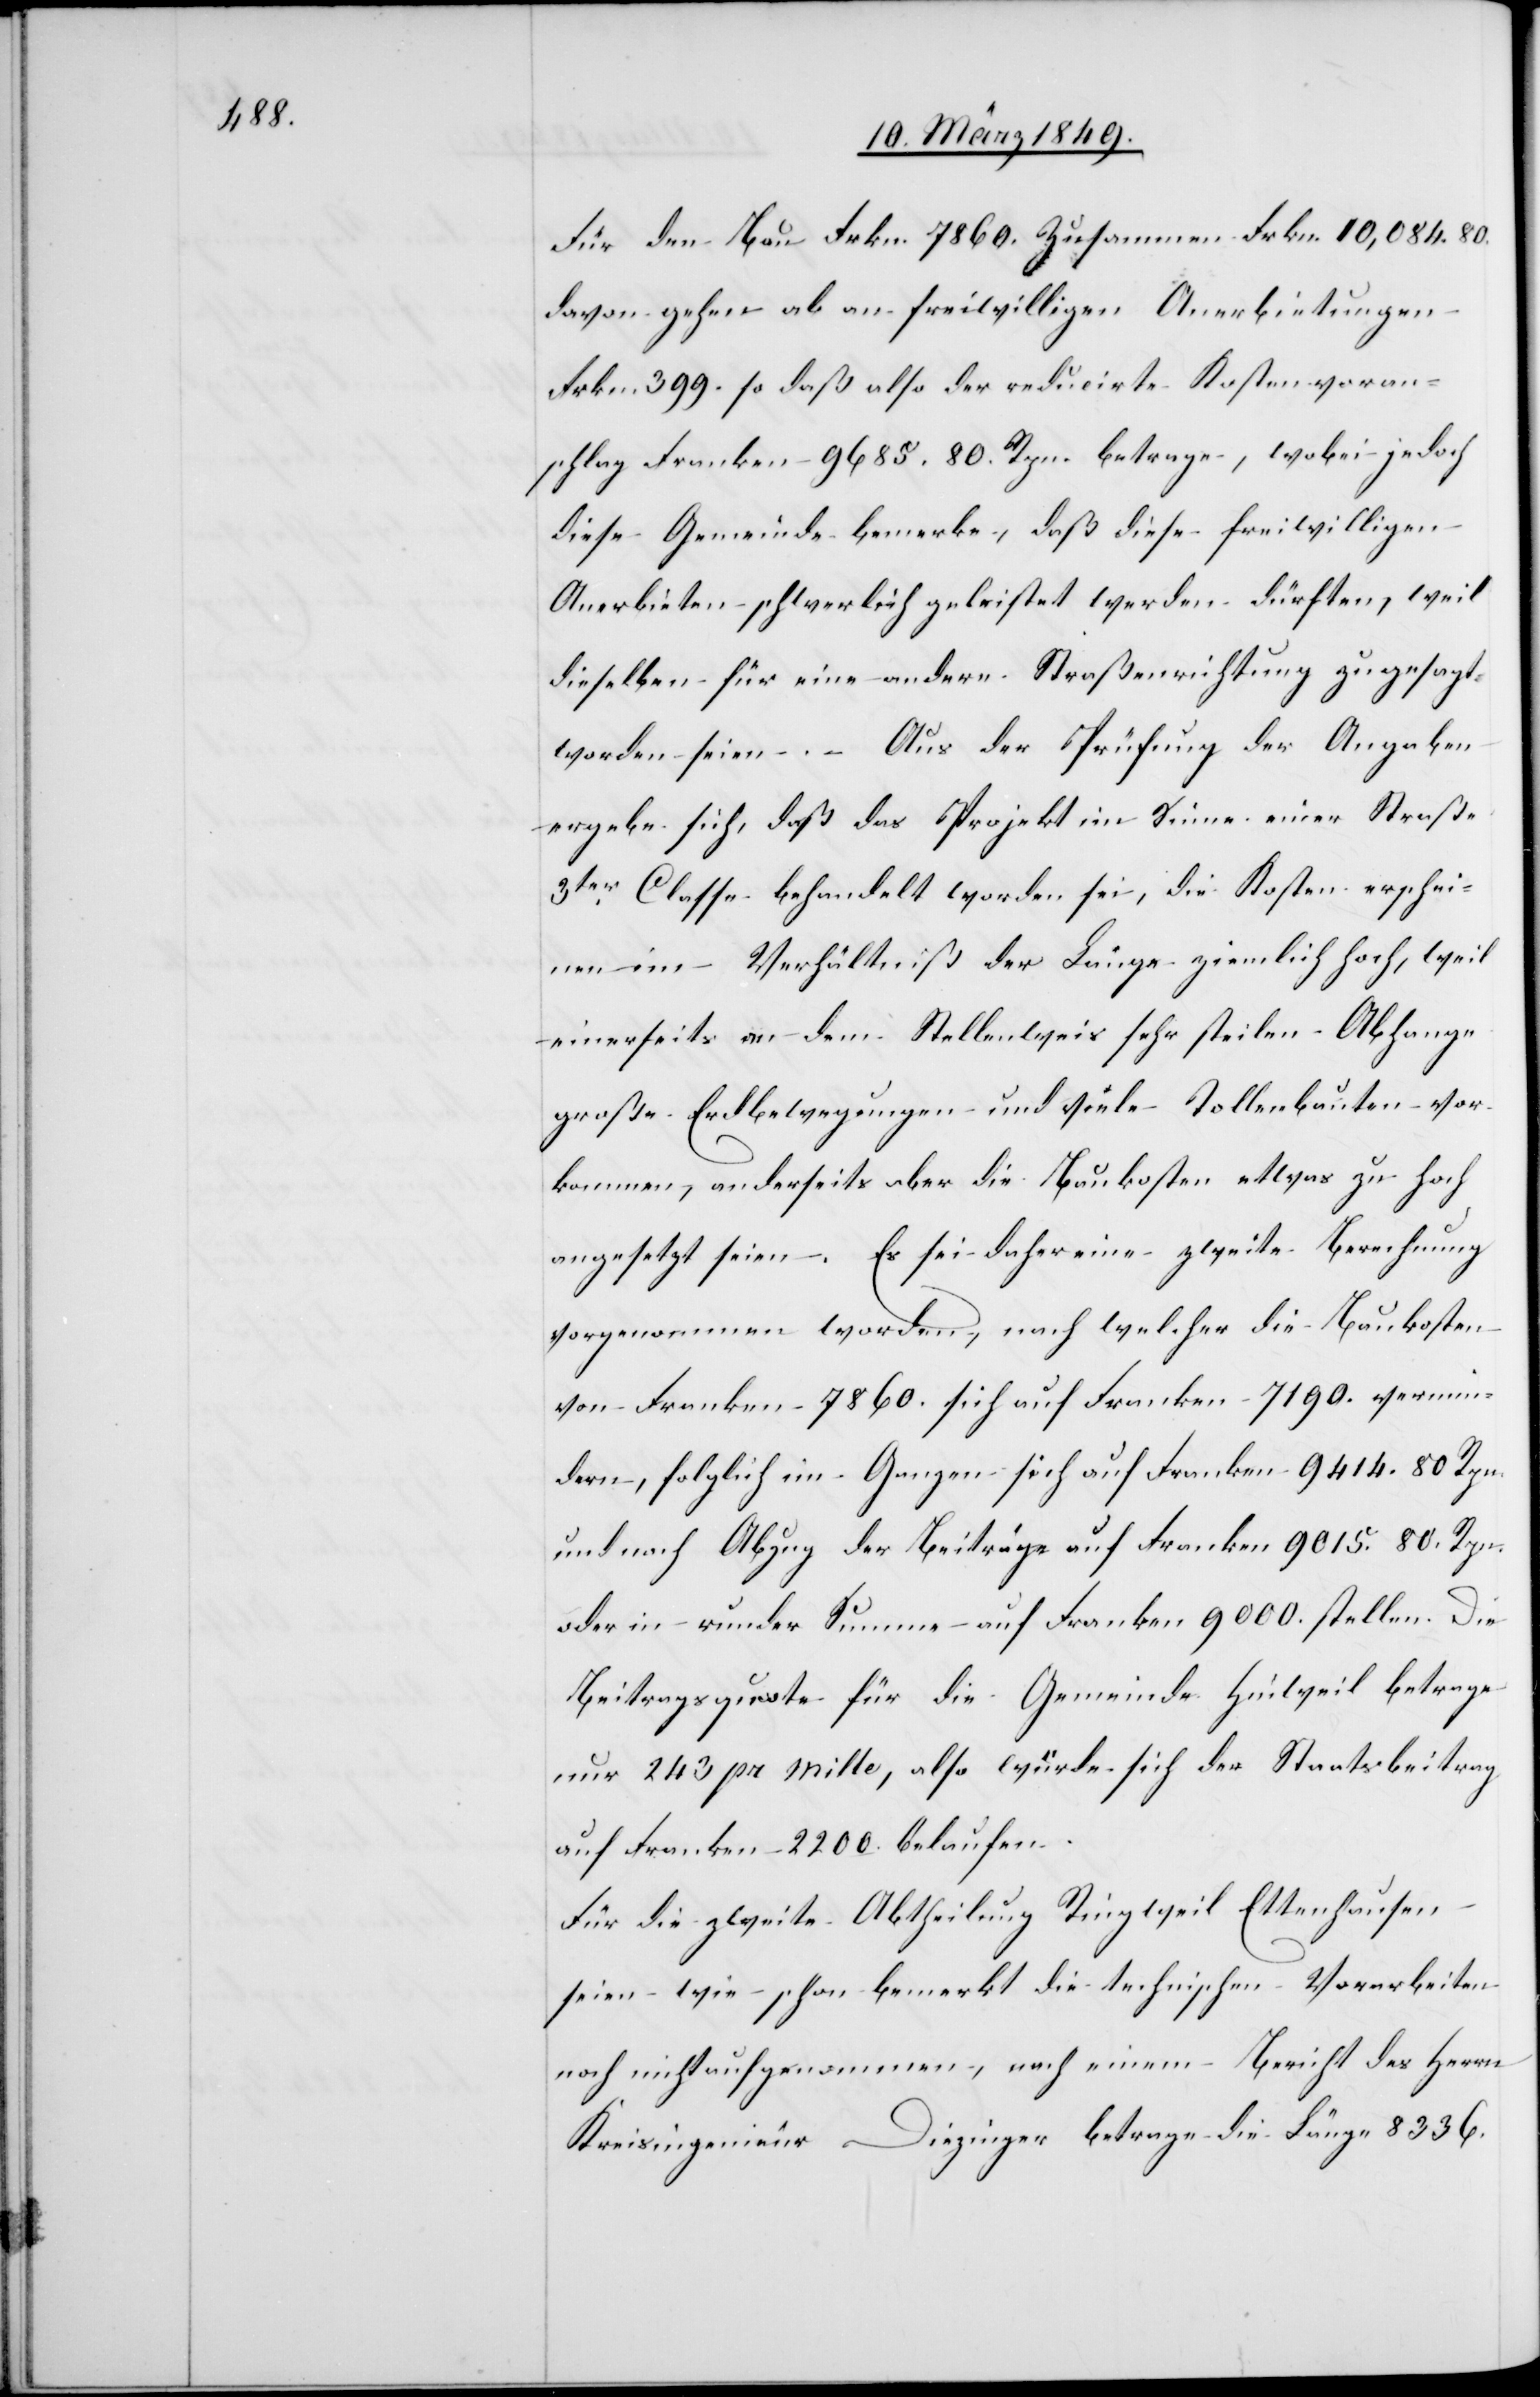
Für den Bau Frkn. 7860. Zusammen Frkn. 10,084.80.
davon gehen ab an freiwilligen Anerbietungen
Frkn. 399. so daß also der reducirte Kostenvoran¬
schlag Franken 9685. 80. Rpn. betrage, wobei jedoch
diese Gemeinde bemerke, daß diese freiwilligen
Anerbieten schwerlich geleistet werden dürften, weil
dieselben für eine andere Straßenrichtung zugesagt
worden seien. – Aus der Prüfung der Angaben
ergebe sich, daß das Projekt im Sinne einer Straße
3ter. Classe behandelt worden sei, die Kosten erschei¬
nen im Verhältniß der Länge ziemlich hoch, weil
einerseits an dem Stellenweis sehr steilen Abhange
große Erdbewegungen und viele Tollenbauten vor¬
kommen, anderseits aber die Baukosten etwas zu hoch
angesetzt seien. Es sei daher eine zweite Berechnung
vorgenommen worden, nach welcher die Baukosten
von Franken 7860. sich auf Franken 7190. vermin¬
dern, folglich im Ganzen sich auf Franken 9414. 80 Rpn.
und nach Abzug der Beiträge auf Franken 9015. 80. Rpn.
oder in runder Summe auf Franken 9000. stellen. Die
Beitragsquote für die Gemeinde Hinweil betrage
nur 243 pr mille, also würde sich der Staatsbeitrag
auf Franken 2200. belaufen.
Für die zweite Abtheilung Ringweil Ettenhausen
seien wie schon bemerkt die technischen Vorarbeiten
noch nicht aufgenommen, nach einem Bericht des Herrn
Kreisingenieur Diezinger betrage die Länge 8336.